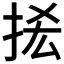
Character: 𢫿